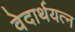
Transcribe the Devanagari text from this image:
वेदार्थयत्न